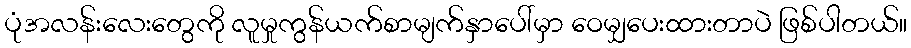
ပုံအလန်းလေးတွေကို လူမှုကွန်ယက်စာမျက်နှာပေါ်မှာ ဝေမျှပေးထားတာပဲ ဖြစ်ပါတယ်။